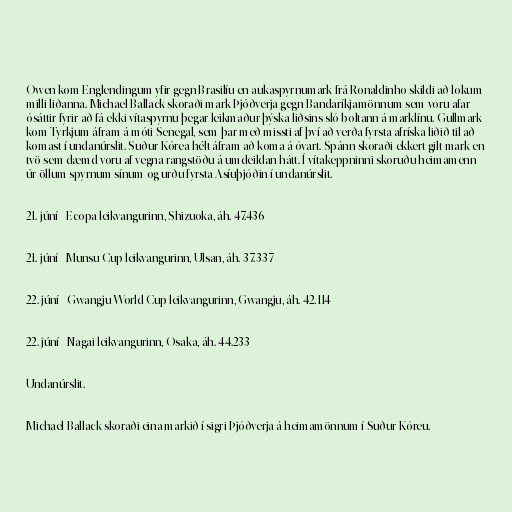
Owen kom Englendingum yfir gegn Brasilíu en aukaspyrnumark frá Ronaldinho skildi að lokum
milli liðanna. Michael Ballack skoraði mark Þjóðverja gegn Bandaríkjamönnum sem voru afar
ósáttir fyrir að fá ekki vítaspyrnu þegar leikmaður þýska liðsins sló boltann á marklínu. Gullmark
kom Tyrkjum áfram á móti Senegal, sem þar með missti af því að verða fyrsta afríska liðið til að
komast í undanúrslit. Suður-Kórea hélt áfram að koma á óvart. Spánn skoraði ekkert gilt mark en
tvö sem dæmd voru af vegna rangstöðu á umdeildan hátt. Í vítakeppninni skoruðu heimamenn
úr öllum spyrnum sínum og urðu fyrsta Asíuþjóðin í undanúrslit.

21. júní - Ecopa leikvangurinn, Shizuoka, áh. 47.436

21. júní - Munsu Cup leikvangurinn, Ulsan, áh. 37.337

22. júní - Gwangju World Cup leikvangurinn, Gwangju, áh. 42.114

22. júní - Nagai leikvangurinn, Osaka, áh. 44.233

Undanúrslit.

Michael Ballack skoraði eina markið í sigri Þjóðverja á heimamönnum í Suður-Kóreu.